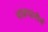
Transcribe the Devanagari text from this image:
भावगांभीर्य